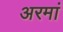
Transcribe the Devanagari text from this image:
अरमां